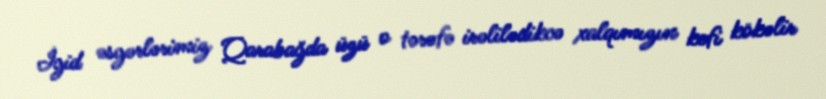
İgid əsgərlərimiz Qarabağda üzü o tərəfə irəlilədikcə xalqımızın kefi kökəlir